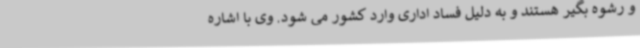
و رشوه بگیر هستند و به دلیل فساد اداری وارد کشور می شود. وی با اشاره